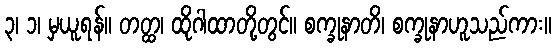
၃၊ ၁၊ မှယူရန်။ တတ္ထ၊ ထိုဂါထာတို့တွင်။ စက္ခုနာတိ၊ စက္ခုနာဟူသည်ကား။